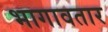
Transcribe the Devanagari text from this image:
भागावतार